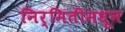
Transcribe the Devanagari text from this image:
निर्मितीमधून